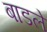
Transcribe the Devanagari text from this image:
बाडले